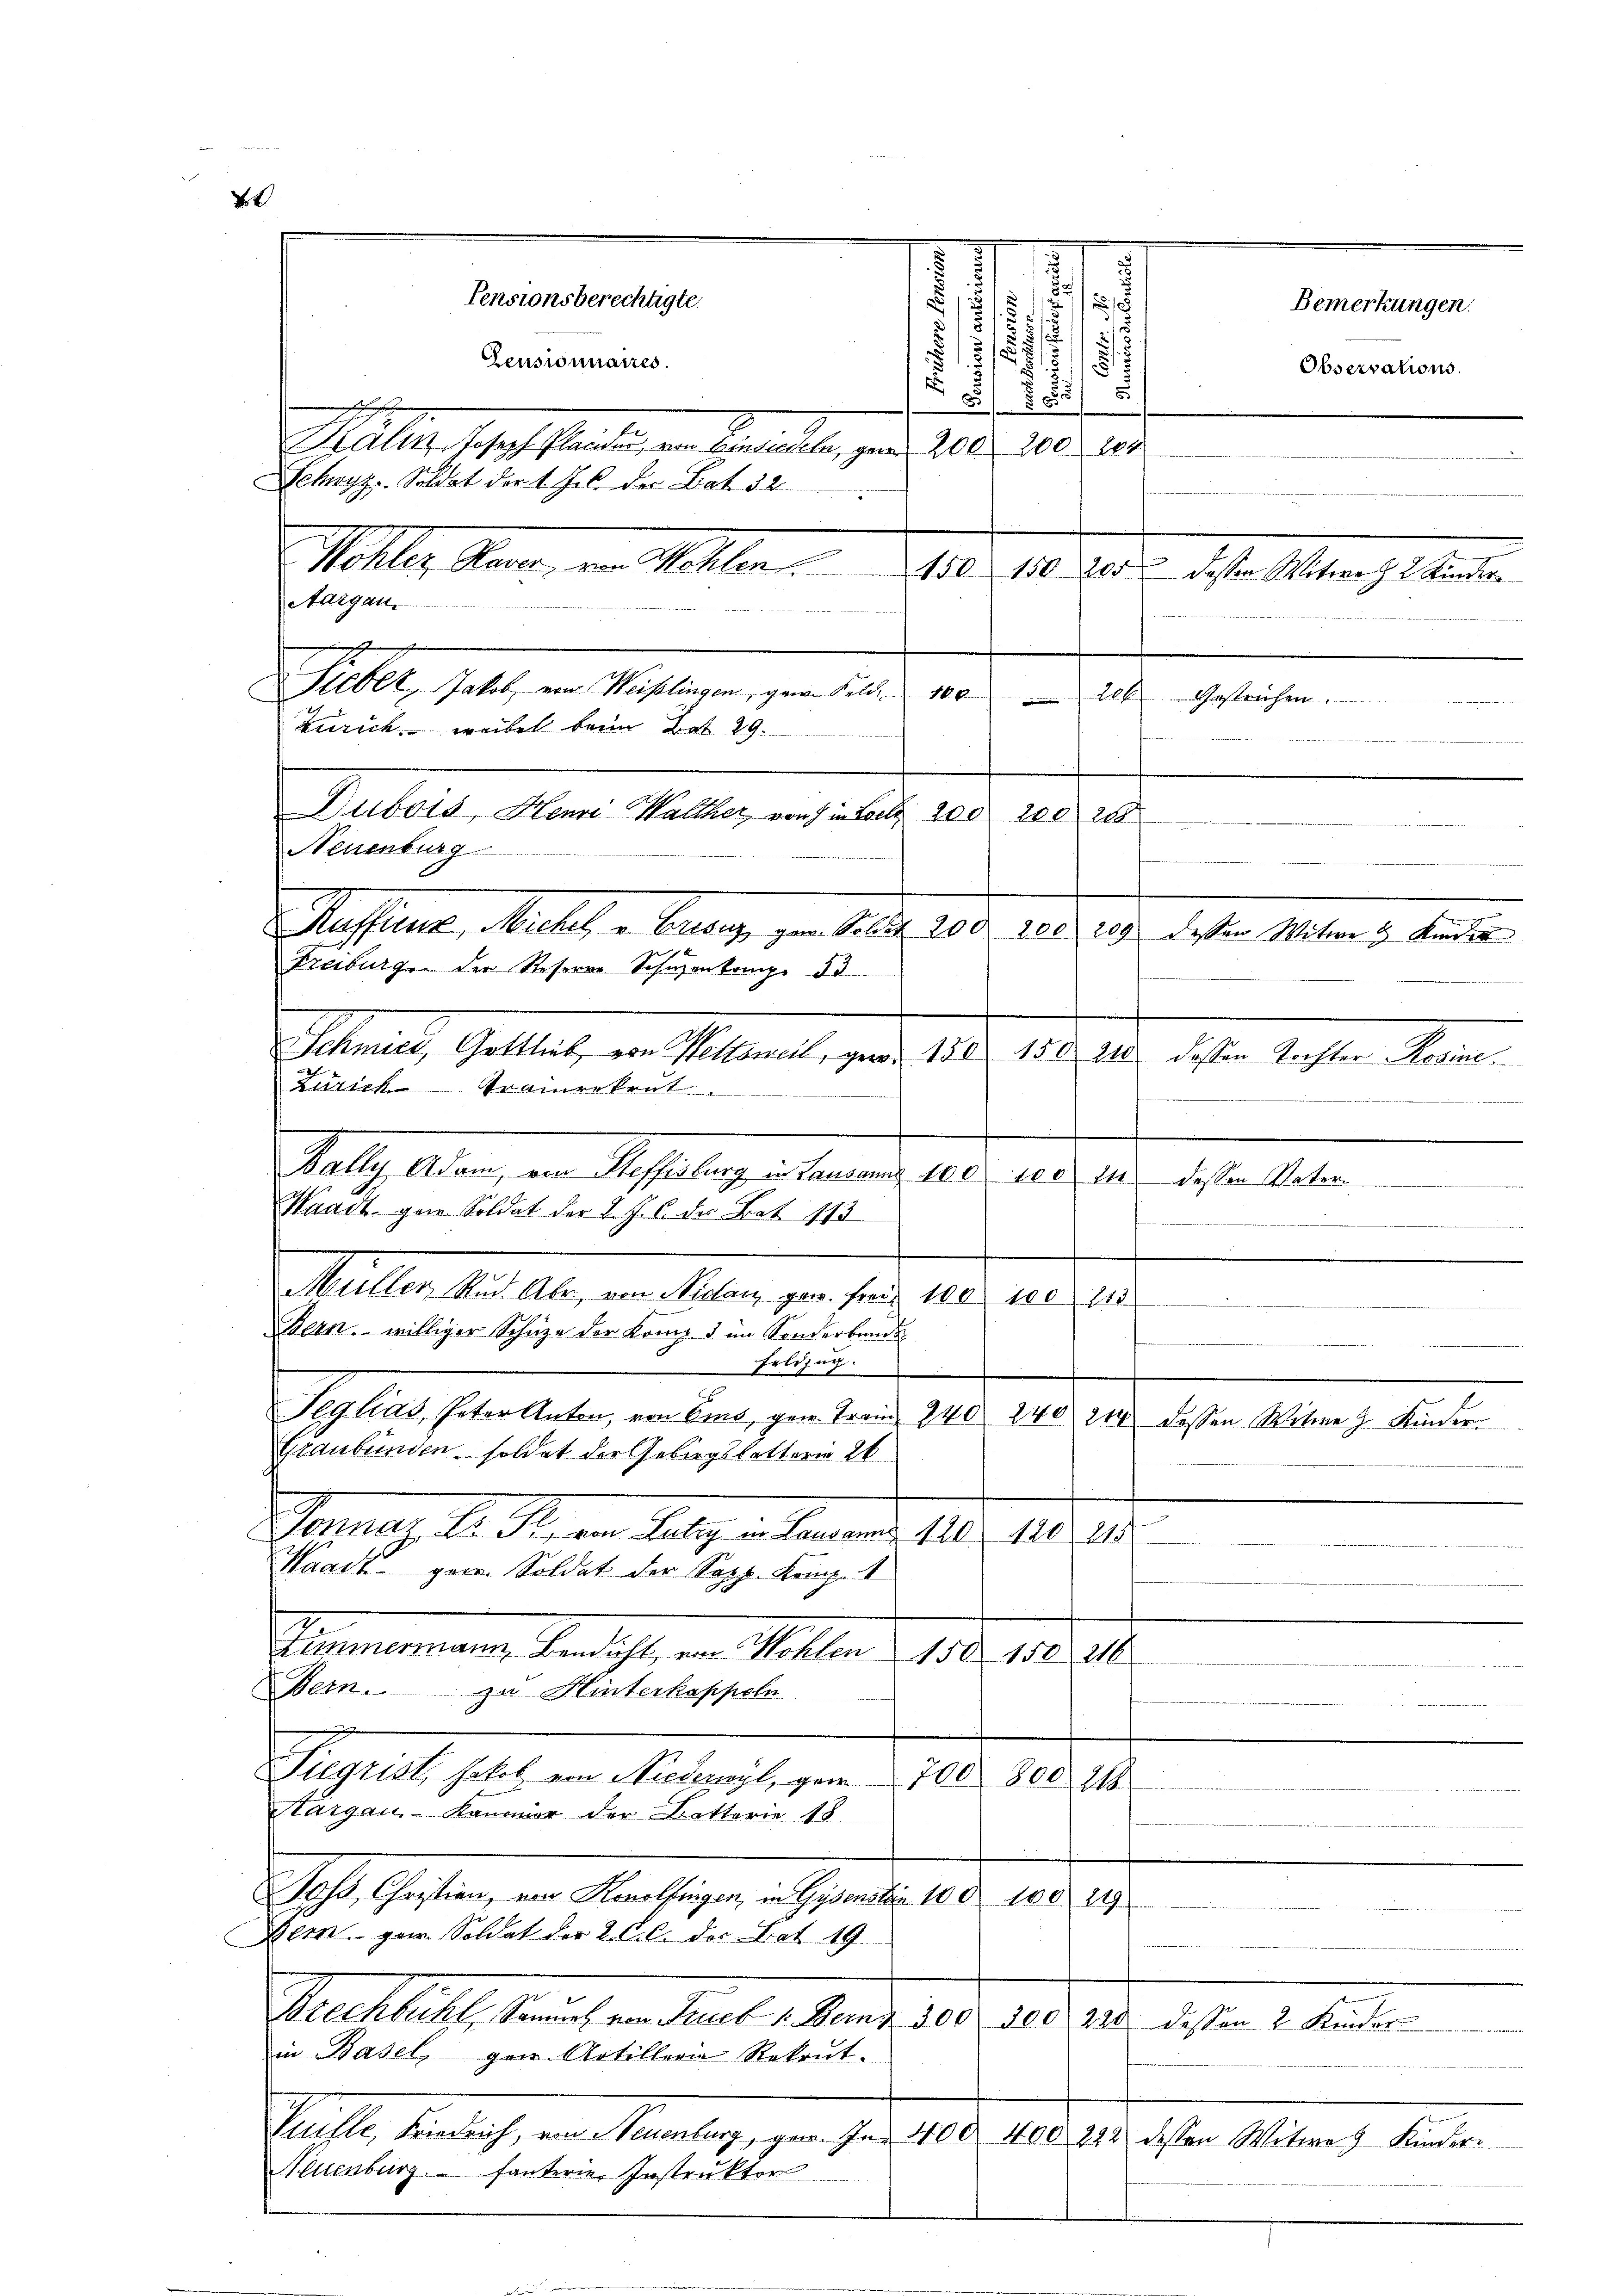
Pensionsberechtigte.
2
1
e
Kalin Joseph Plauder, von Einsiedeln, gar 200. 200 204
Wohler Mitterl
Aargau.

Dubois, Henri Walther, von in Loel 200. 200 288
Neuenburg
Seiffene, Meilich an Betrage gen d. d. 10.
Freiburg der Reserne Schwenkamp. 55
Zürich Trainrekrut
Müller Rud. Aber, von Nidau gew. Freie 100 100. 115
Bern, williger Schuze der Komp. 3 im Sonderbunde
Erlizug.
Seglias Peter Anton, von Ems, gew. Franz 240. 240. 214 dessen Witwe J. Kinder
Graubünden soldet der Gebirgsketterin 26
Sonnetz, A. R. von July in Jammens 110. 1811
Waadt gen. Soldat der Sopp. Komp. 1
Simmermann, Bericht, von Posten 150. 108. 218.
Bern. zu Hinterkapseln.
Aeget halt in Ministe von 10.
800. 218
Nargau Kaumor der Betterie 18
Joß, Christien, von Konolfingen, in Gesandten 100. 100
a
Bern, par Soldat der 2. C. c. der Bat. 19
Mathilf Meuchen Merl 1. Januar 1890, 108. 121. dato 1. unter
in Basel gar Artillerie-Rekrut.
Saitl, Zürich, ein Samstage gen ihre 1806. 106 des eher Mitern Seiten.
Neuenburg fanterie Instruktor

Schwyz, Soldat der 1. Js. der Bat. 32.

Zeusionnaires.

Guber, als ein Pflegen gern und der
Zürich, weibel beim Bat. 29.

Salche Alten, an deshaltung an einer 1905. 180. 128.
Waadt gar Soldat der d. J. C. des Bat. 113

.
d
/
7
t
§ 13
1

8

8

dh. Diese

di ier dasse Meter u. heute
Mais, Gellet, von Planete, von 12. d. 1810. d. 1sten lassen kann.

150. 159 200 dessen Witwe Z. 2 Kinder

dchen betre

Bemerkungen.
Observations.